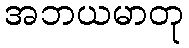
အဘယမာတု